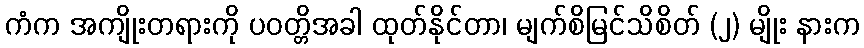
ကံက အကျိုးတရားကို ပဝတ္တိအခါ ထုတ်နိုင်တာ၊ မျက်စိမြင်သိစိတ် (၂) မျိုး နားက